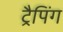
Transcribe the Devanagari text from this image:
ट्रैपिंग